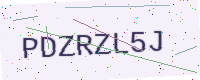
Text: PDZRZL5J